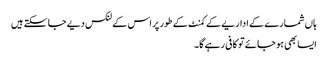
ہاں شمارے کے اداریے کے کمنٹ کے طور پر اس کے لنکس دیے جا سکتے ہیں
ایسا بھی ہو جائے تو کافی رہے گا۔